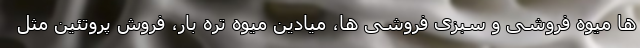
ها میوه فروشی و سبزی فروشی ها، میادین میوه تره بار، فروش پروتئین مثل